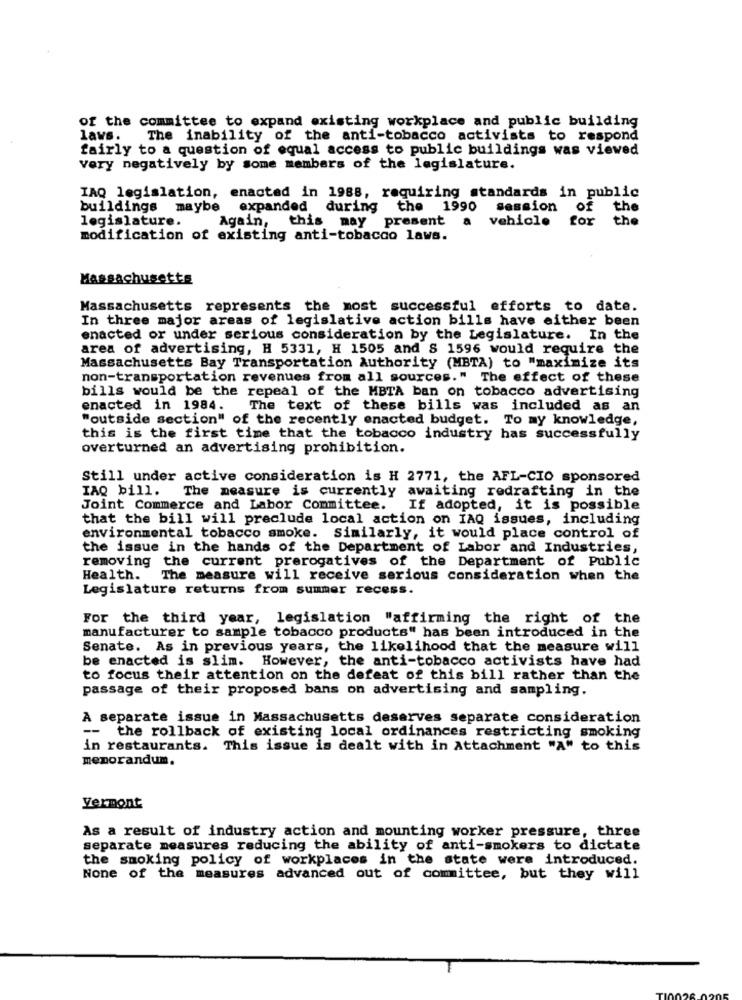
of the committee to expand existing workplace and public building
laws.
The inability of the anti-tobacco activists to respond
fairly to a question of equal access to public buildings was viewed
very negatively by some members of the legislature.
IAQ legislation, enacted in 1988, requiring standards in public
buildings maybe expanded during the 1990 session of the
legislature.
Again, this may present
a vehicle
for the
modification of existing anti-tobacco laws.
Massachusetts
Massachusetts represents the most successful efforts to date.
In three major areas of legislative action bills have either been
enacted or under serious consideration by the Legislature. In the
area of advertising, H 5331, H 1505 and S 1596 would require the
Massachusetts Bay Transportation Authority (MBTA) to "maximize its
non-transportation revenues from all sources." The effect of these
bills would be the repeal of the MBTA ban on tobacco advertising
enacted in 1984.
The text of these bills was included as an
"outside section" of the recently enacted budget. To my knowledge,
this is the first time that the tobacco industry has successfully
overturned an advertising prohibition.
Still under active consideration is H 2771, the AFL-CIO sponsored
IAQ bill.
The measure is currently awaiting redrafting in the
Joint Commerce and Labor Committee.
If adopted, it is possible
that the bill will preclude local action on IAQ issues, including
environmental tobacco smoke. Similarly, it would place control of
the issue in the hands of the Department of Labor and Industries,
removing the current prerogatives of the Department of Public
Health. The measure will receive serious consideration when the
Legislature returns from summer recess.
For the third year, legislation "affirming the right of the
manufacturer to sample tobacco products" has been introduced in the
Senate. As in previous years, the likelihood that the measure will
be enacted is slim. However, the anti-tobacco activists have had
to focus their attention on the defeat of this bill rather than the
passage of their proposed bans on advertising and sampling.
A separate issue in Massachusetts deserves separate consideration
--
the rollback of existing local ordinances restricting smoking
in restaurants. This issue is dealt with in Attachment "A" to this
memorandum.
Vermont
As a result of industry action and mounting worker pressure, three
separate measures reducing the ability of anti-smokers to dictate
the smoking policy of workplaces in the state were introduced.
None of the measures advanced out of committee, but they will